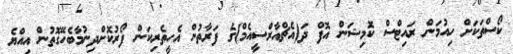
ކޯސްތަކަށް ހިއުމަން ރައިޓްސް ކޮމިޝަން އޮފް ދަ(އެޗްއާރްސީއެމް)ގެ ފަރާތުން އެހީތެރިކަން ފޯރުކޮށްދިނުމާބެހޭގޮތުން އިއްޔެ